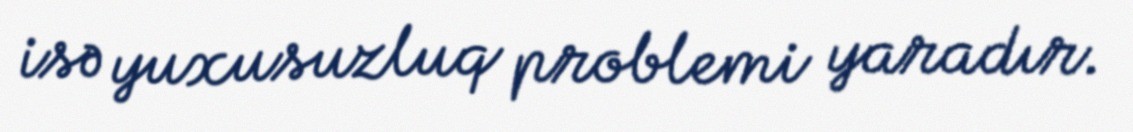
isə yuxusuzluq problemi yaradır.